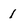
Character: 1